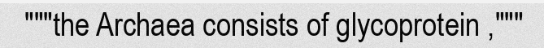
"""the Archaea consists of glycoprotein ,"""